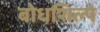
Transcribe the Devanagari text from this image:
बोधशिल्पे